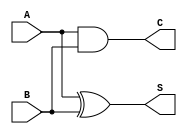
module CarryLookaheadHalfAdder (
    input wire A,     // First single-bit input
    input wire B,     // Second single-bit input
    output wire S,    // Sum output
    output wire C     // Carry output
);

// Assign the sum and carry outputs
assign S = A ^ B;  // Sum is A XOR B
assign C = A & B;  // Carry is A AND B

endmodule